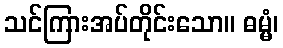
သင်ကြားအပ်တိုင်းသော။ ဓမ္မံ၊